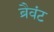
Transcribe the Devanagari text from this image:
ब्रैवंट